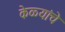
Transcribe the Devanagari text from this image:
केळ्यांचे